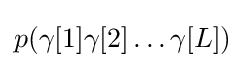
p(\gamma [1]\gamma [2]\ldots \gamma [L])